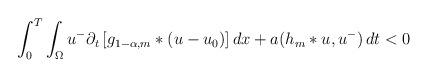
LaTeX: \begin{align*}\int_{0}^{T}\int_{\Omega}u^{-}\partial_{t}\left[ g_{1-\alpha,m}*(u-u_{0}) \right]dx+ a(h_{m}*u,u^{-})\, dt < 0\end{align*}